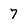
Character: 7